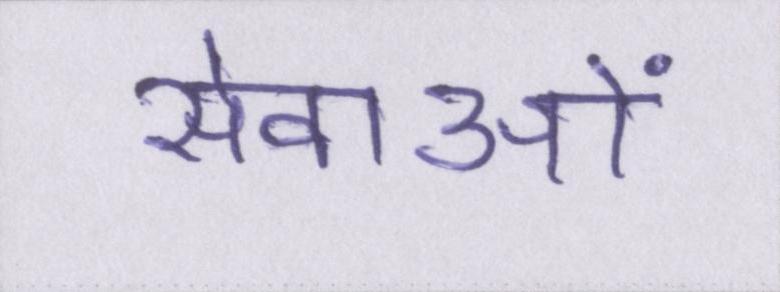
सेवाओं